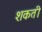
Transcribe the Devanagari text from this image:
शकती